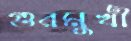
গুরমুখী